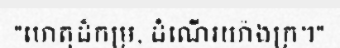
"ហេតុដ៏កម្រ, ដំណើរយ៉ាងក្រ។"